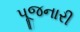
પૂજનારી